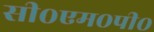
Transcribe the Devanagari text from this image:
सी०एम०पी०